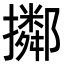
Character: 𢸜